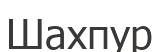
Шахпур